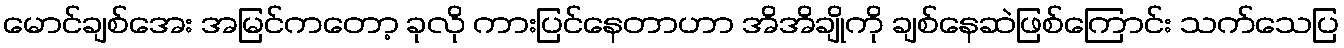
မောင်ချစ်အေး အမြင်ကတော့ ခုလို ကားပြင်နေတာဟာ အိအိချိုကို ချစ်နေဆဲဖြစ်ကြောင်း သက်သေပြ